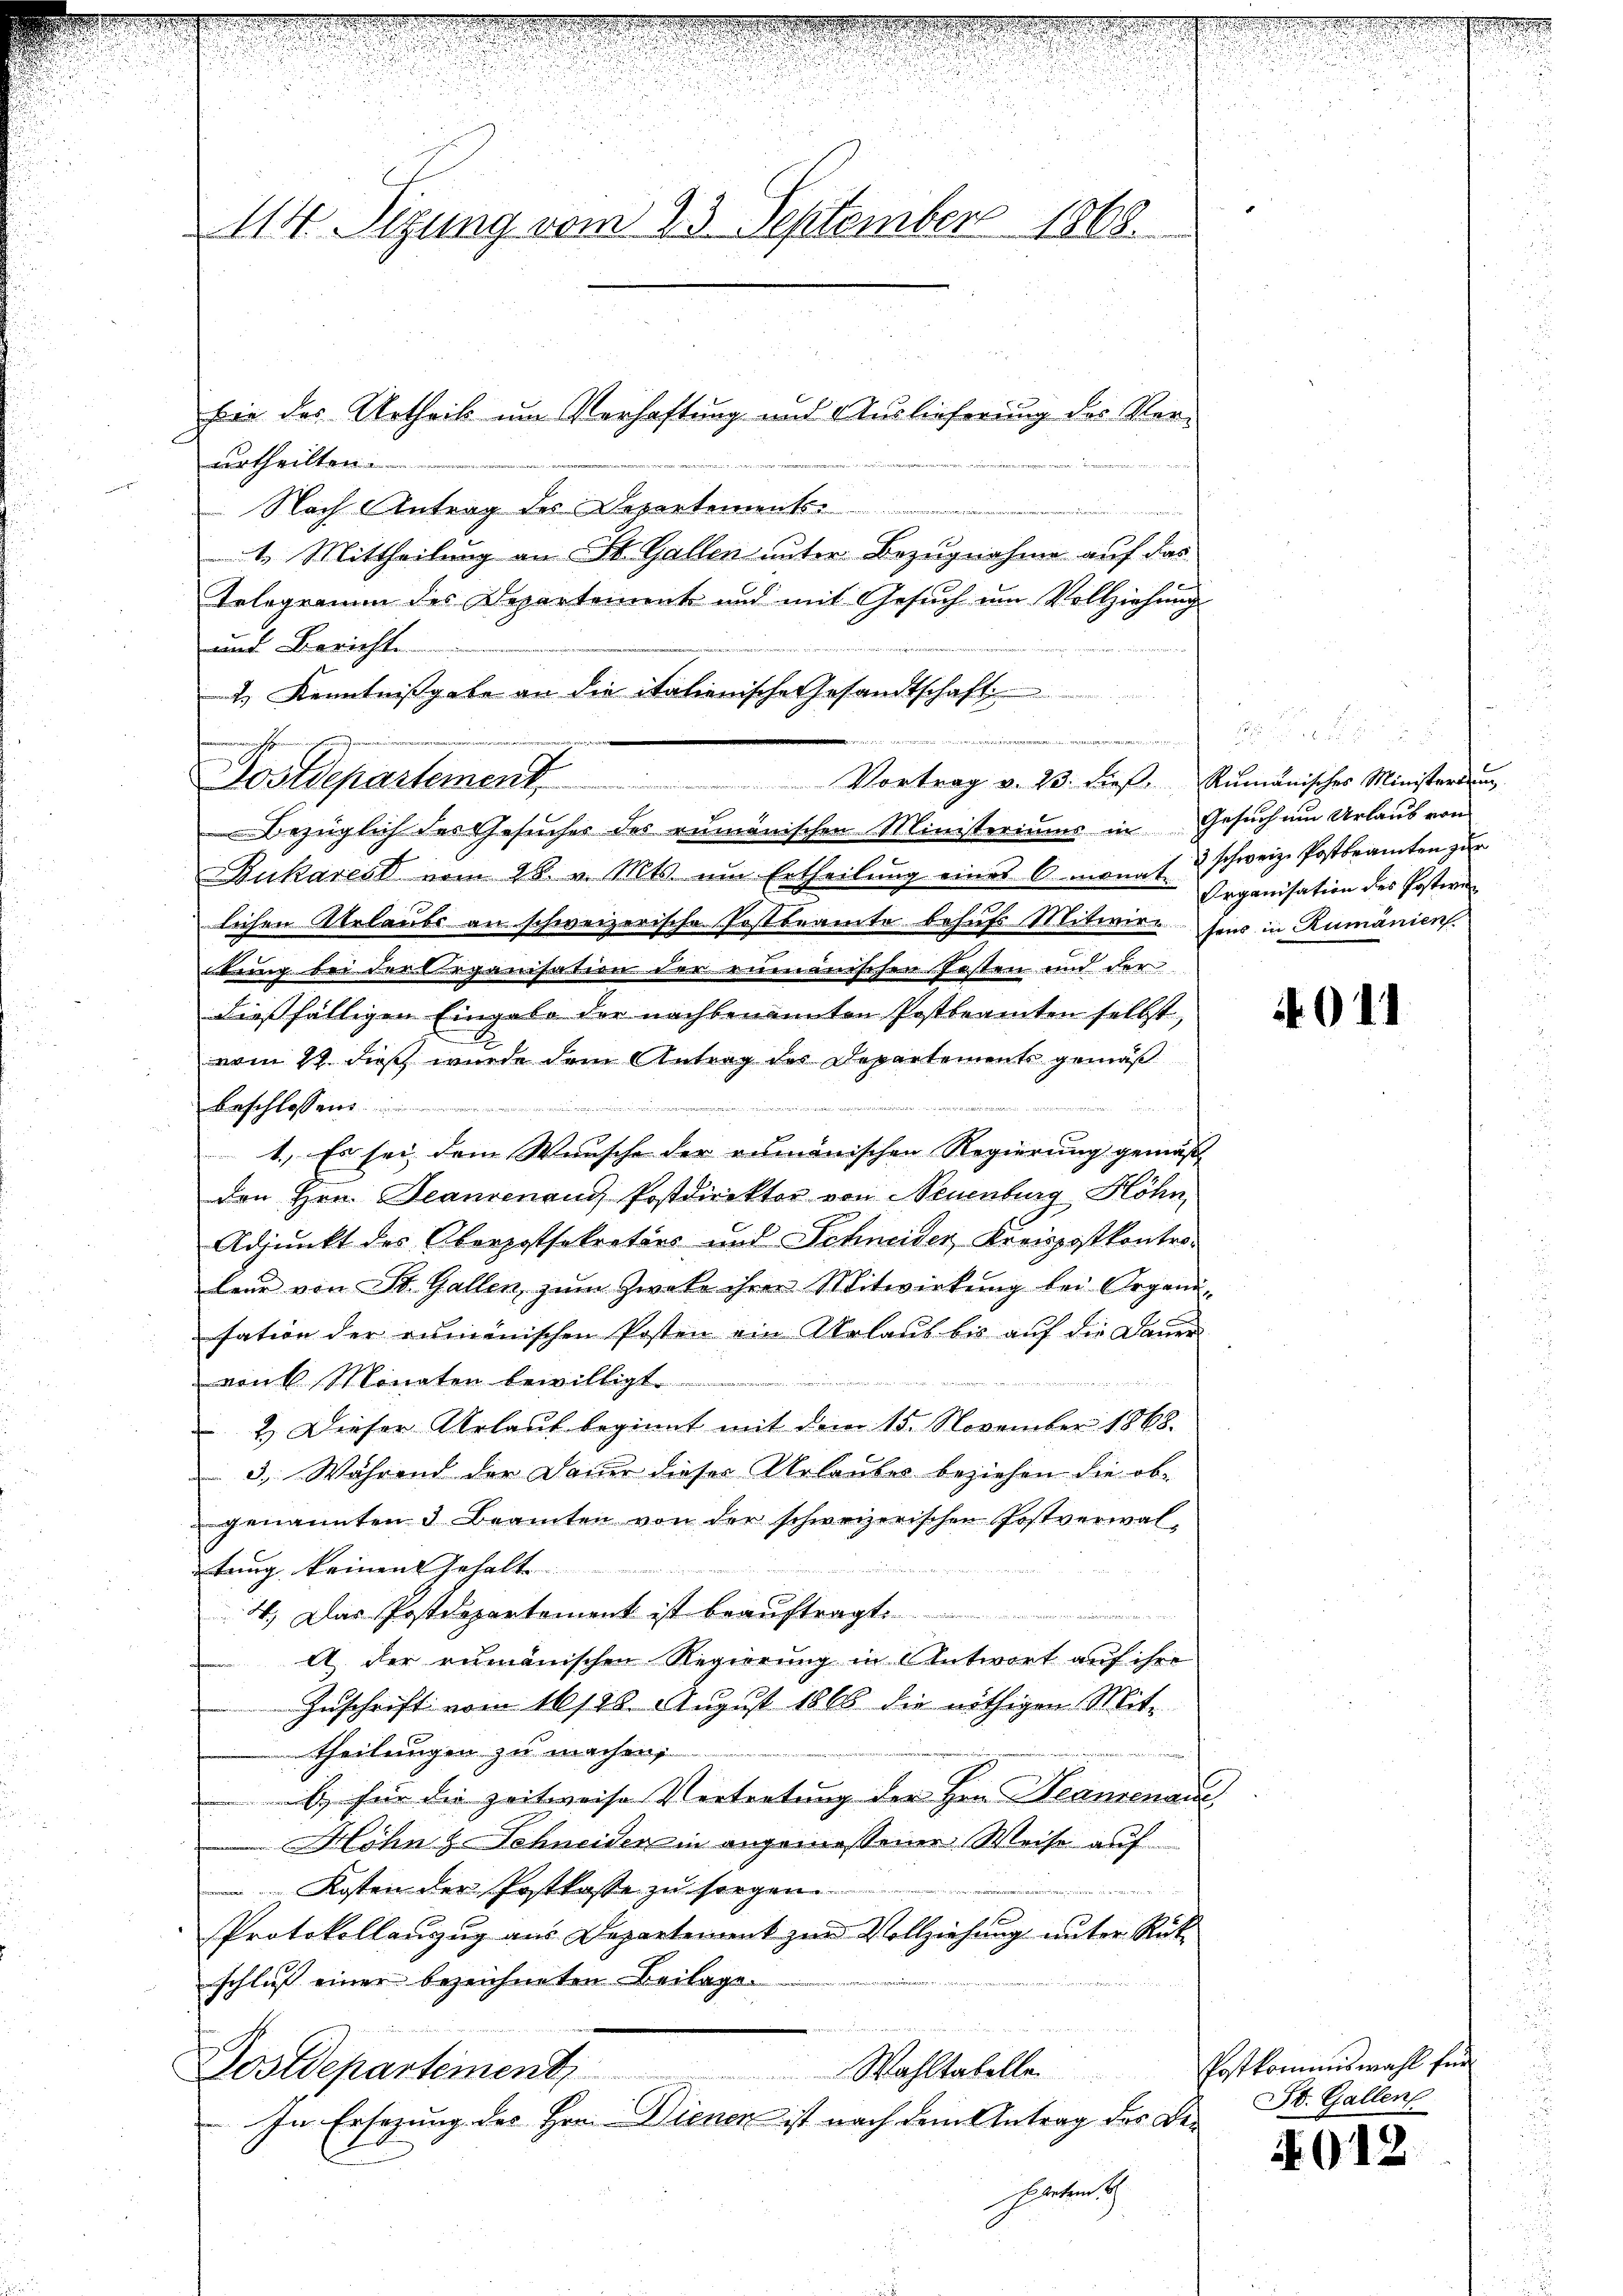
114. Sizung vom 23. September 1868.

urtheilten.
n
 Nach Antrag des Departement
1. Mittheilung an St. Gallen unter Bezugnahme auf das
Telegramm des Departement und mit Gesuch um Vollziehung
und Berichte
2.) Kenntnißgabe an die italienische Gesandtschaft
Bezüglich des Gesuches des rumänischen Ministeriums in Gesuch um Urlaub von
Zukarest vom 28. v. Mts. ŭm Ertheilŭng eines Omonat. Organisation des Postwe
lichen Abelaube an schweizerische Forstbeamte behufs Mitwieser in Rumänien
tung bei der Organisation der rienischen Posten und der
dießfälligen Eingabe der nachbenannten Postbeamten selbst,
vom 24. dieß wurde dem Antrag des Departements gemäß
 vertrete
Beschlossen
4. Es sei dem Wunsche der rumänischen Regierung gemäß
den Hrn. Jeangenand Postdirektor von Neuenburg Blöhn
Adjunkt des Oberpostsekretärs und Schneider Kreispostkontro-
leur von St. Gallen, zŭm Zwecke ihrer Mitwirkŭng bei Organi-
sation der rumänischen Posten ein Urlaub bis auf die Dauer

von 6 Monaten bewilligt.
2.) Dieser Urlauf beginnt mit dem 15. November 1868.
3. Während der Dauer dieser Urlaubes beziehen die obgenannten 3 Beamten von der schweizerischen Postverwalr
tung keinen Gehalt
4. Das Postdepartement ist beauftragte
A. der rumänischen Regierung in Antwort auf ihre
Zŭschrift vom 16128. August 1868 die nöthigen Mit-
theilungen zu machen,
b.) für die Zeitweise Vertretung der Hrn. Deamenaue
Möhn & Schneiden in angemeßener Weise auf
 Kosten der Postkasse zu sorgen
Protokollanzug aus Departement zur Vollziehung unter Rück-
schließ einer bezeichneten Beilage.
Wahltabelle
Postdepartement
In Ersezung des Hrn. Dienen ist nach dem Antrag des Beharten

Postdepartement

fie des Urtheils um Verhaftung und Auslieferung des Ver¬

e
Vortrag v. 23. dieβ. Rumänisches Ministerung

3 schweiz. Postbeamten zur

4011

Postkommiswahl für
St. Gallen

4012